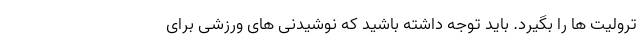
ترولیت ها را بگیرد. باید توجه داشته باشید که نوشیدنی های ورزشی برای